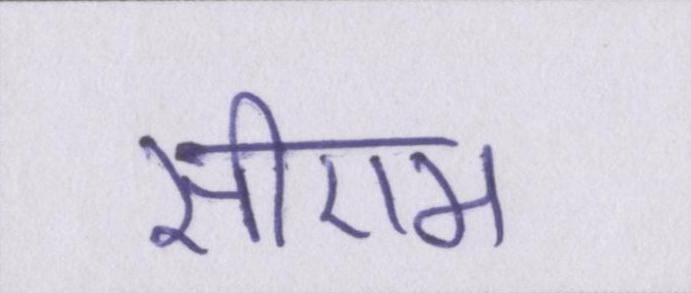
सीएम